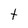
Character: t